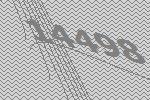
14498